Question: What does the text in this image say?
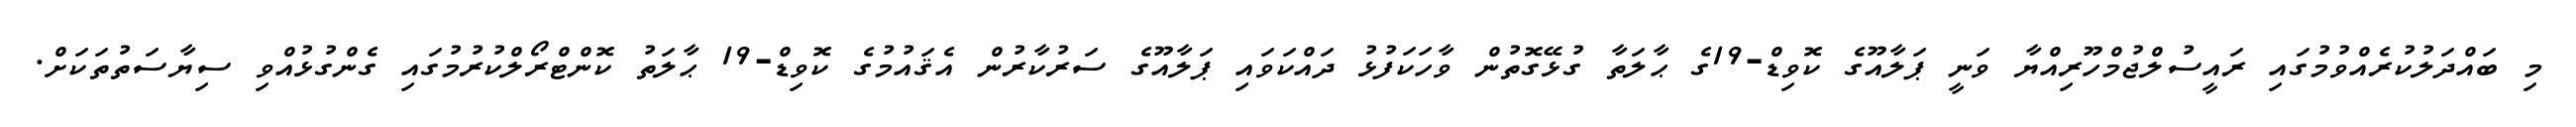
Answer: މި ބައްދަލުކުރެއްވުމުގައި ރައީސުލްޖުމްހޫރިއްޔާ ވަނީ ޕަލާއޫގެ ކޮވިޑް-19ގެ ޙާލަތާ ގުޅޭގޮތުން ވާހަކަފުޅު ދައްކަވައި ޕަލާއޫގެ ސަރުކާރުން އެޤައުމުގެ ކޮވިޑް-19 ޙާލަތު ކޮންޓްރޯލްކުރުމުގައި ގެންގުޅުއްވި ސިޔާސަތުތަކަށް.